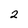
Character: 2